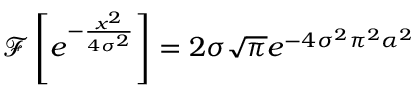
\mathcal { F } \left[ e ^ { - \frac { x ^ { 2 } } { 4 \sigma ^ { 2 } } } \right] = 2 \sigma \sqrt { \pi } e ^ { - 4 \sigma ^ { 2 } \pi ^ { 2 } \alpha ^ { 2 } }